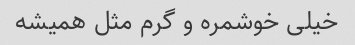
خیلی خوشمره و گرم مثل همیشه